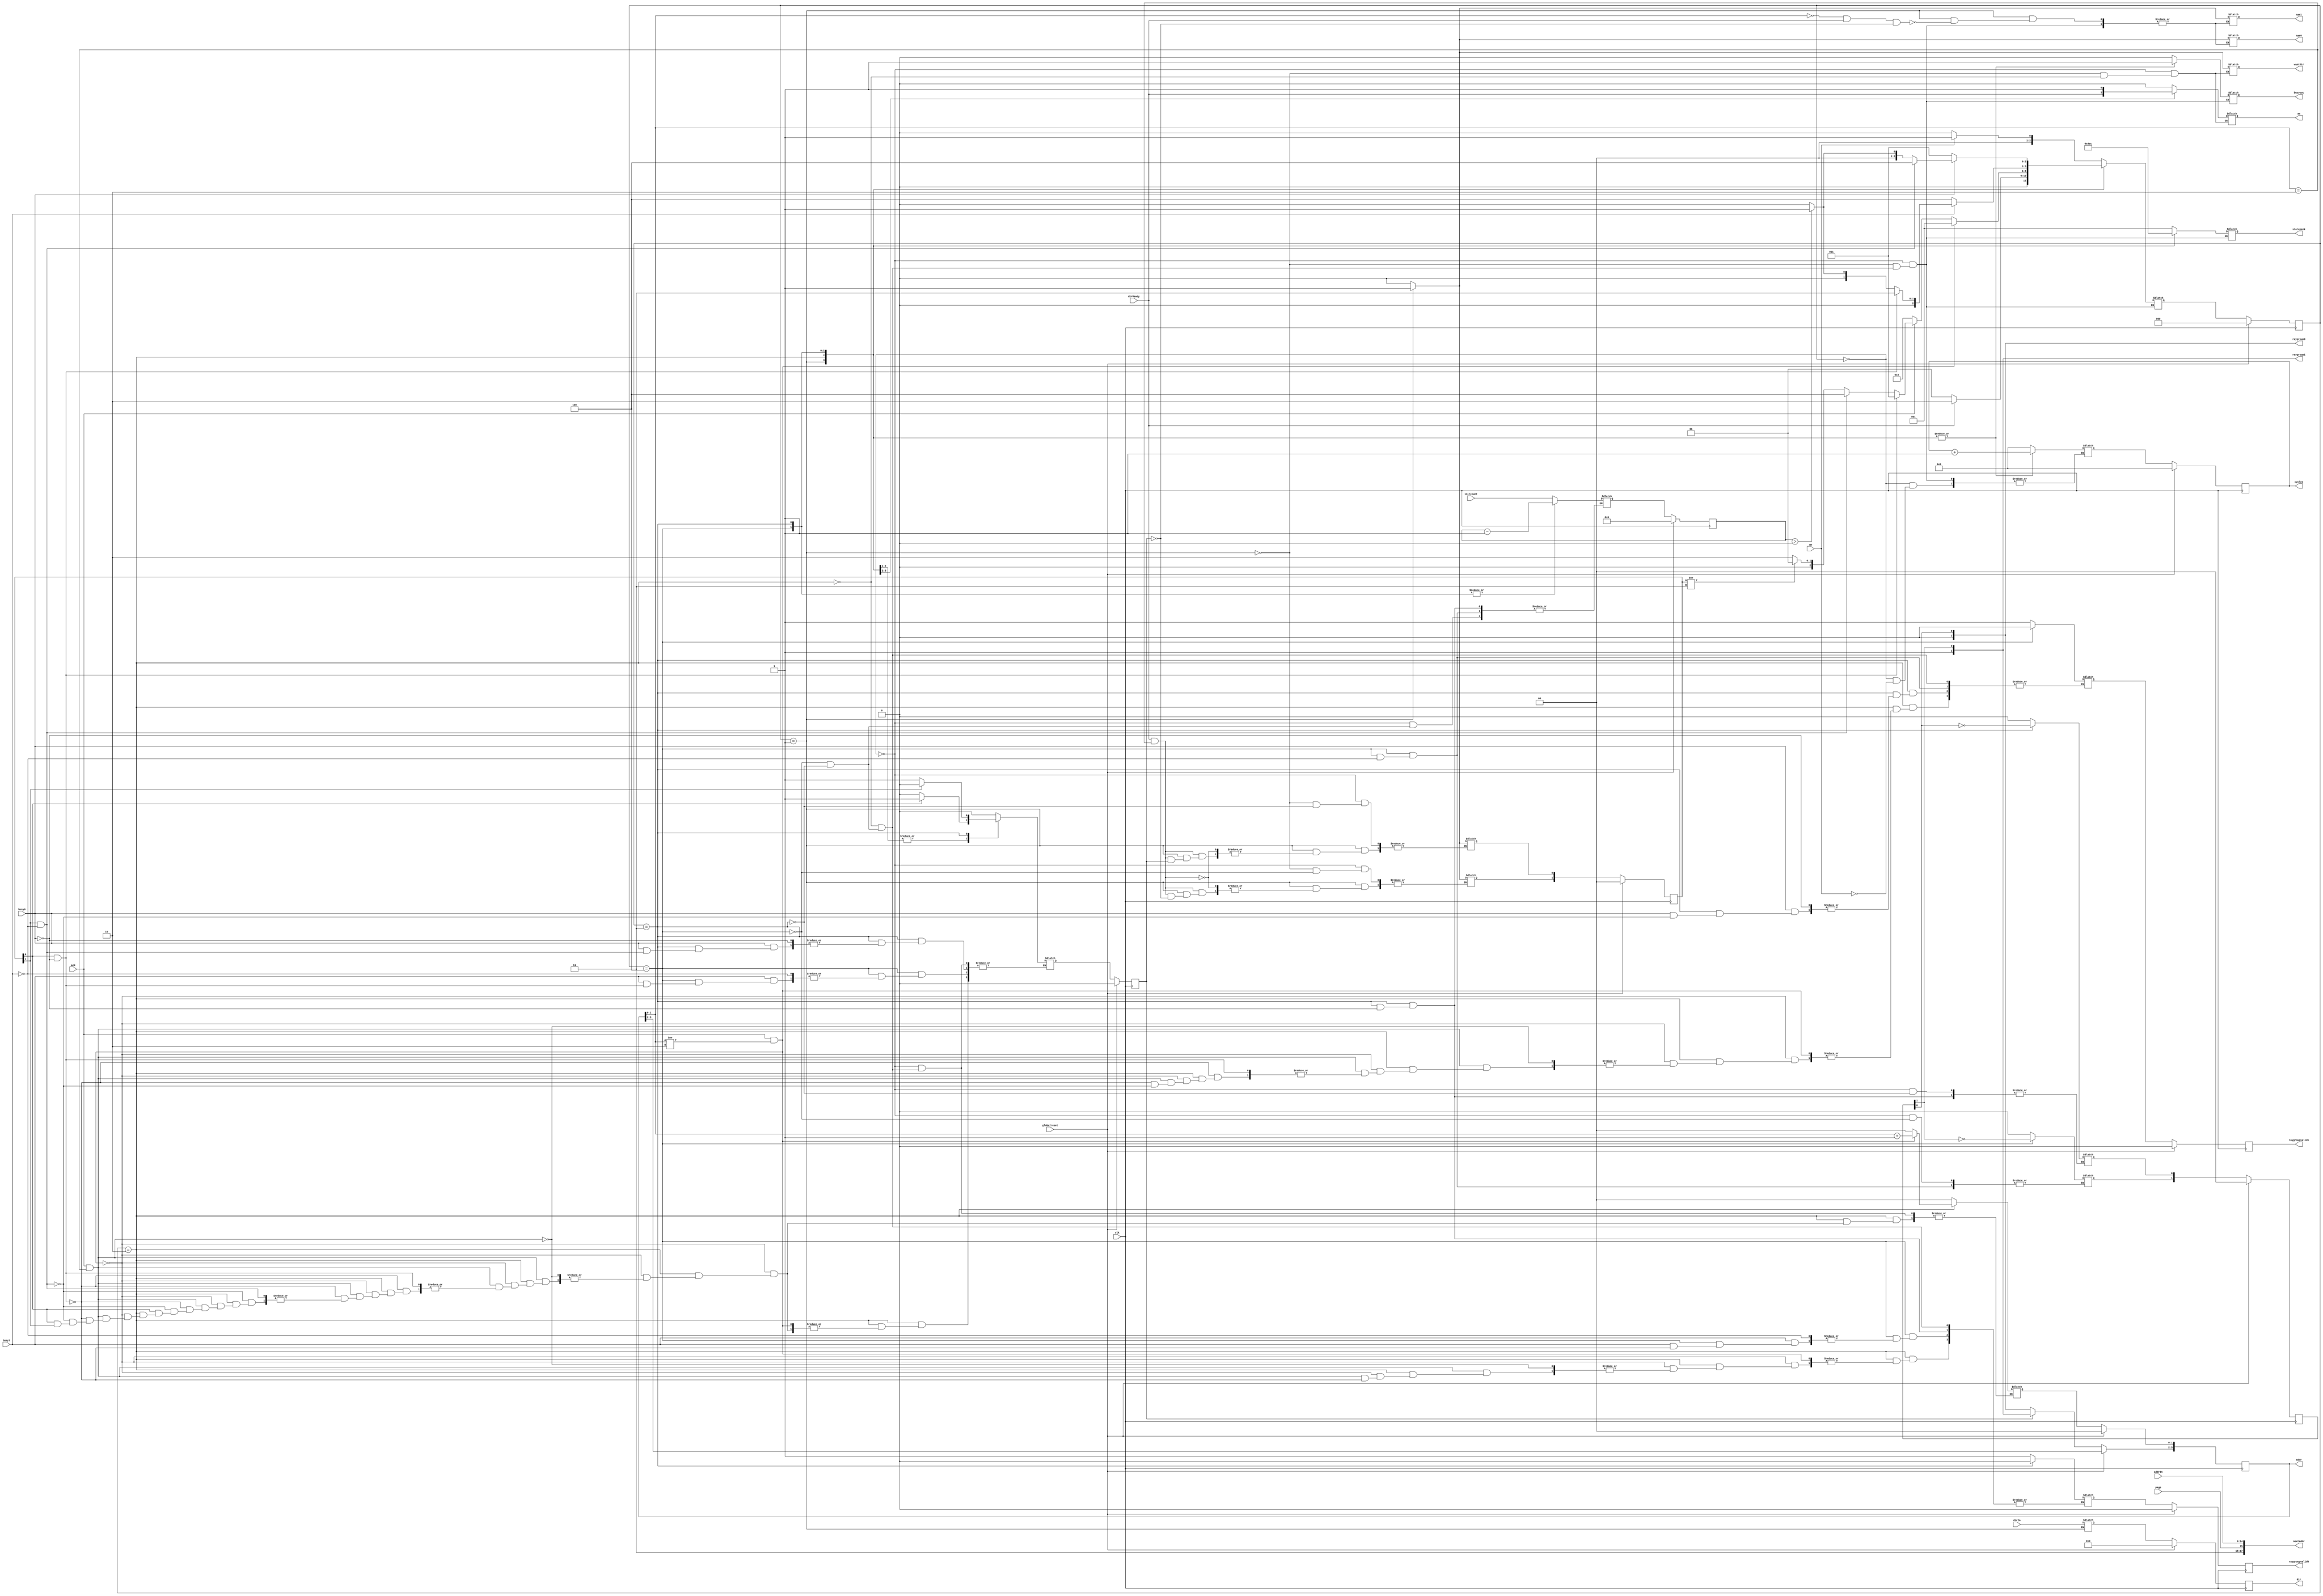
`define SIMULATION_MEMORY

 module raygencont (go, initcount, busyout, cycles, nextaddr, nas0, nas1, page, dirReady, wantDir, dirIn, addrIn, as, addr, ack, dir, raygroup0, raygroupvalid0, busy0, raygroup1, raygroupvalid1, busy1, globalreset, clk, statepeek);

    input go; 
    input[14:0] initcount; 
    output busyout; 
    wire busyout;
    reg temp_busyout;
    output[30:0] cycles; 
    reg[30:0] cycles;
    output[17:0] nextaddr; 
    wire[17:0] nextaddr;
    output nas0; 

    wire nas0;
    reg temp_nas0;
    output nas1; 
    wire nas1;
    reg temp_nas1;
    input page; 
    input dirReady; 
    output wantDir; 
    reg wantDir;
    input[47:0] dirIn; 
    input[14:0] addrIn; 
    output as; 
    reg as;
    output[3:0] addr; 

    reg[3:0] addr;
    input ack; 
    output[47:0] dir; 
    reg[47:0] dir;
    output[1:0] raygroup0; 
    wire[1:0] raygroup0;
    output raygroupvalid0; 
    reg raygroupvalid0;
    input busy0; 
    output[1:0] raygroup1; 
    wire[1:0] raygroup1;
    output raygroupvalid1; 

    reg raygroupvalid1;
    input busy1; 
    input globalreset; 
    input clk; 
    output[2:0] statepeek; 
    reg[2:0] statepeek;


    reg[2:0] state; 
    reg[2:0] next_state; 
    reg[14:0] count; 
    reg first; 
    reg[17:0] destaddr; 
    wire[1:0] busy; 
    reg[1:0] loaded; 
    reg[1:0] groupID; 
    reg active; 

    reg[47:0] temp_dir;
    reg[30:0] temp_cycles;
    reg[1:0] temp_addr;
    reg[1:0] temp_loaded; 
    reg[1:0] temp_groupID; 
    reg[14:0] temp_count; 
    reg temp_active; 
    reg temp_raygroupvalid1;
    reg temp_raygroupvalid0;

    assign busy = {busy1, busy0} ;

    always @(posedge clk)
    begin

       if (globalreset == 1'b1)

       begin
          state <= 0 ; 
          cycles <= 0;
          dir <= 0;
          addr[1:0] <= 2'b00 ; 
          groupID <= 2'b00 ; 
          count <= 0;
          first <= 1'b0 ; 
          destaddr <= 0;
          raygroupvalid0 <= 1'b0 ; 
          raygroupvalid1 <= 1'b0 ; 
          loaded <= 2'b00 ; 

          active <= 1'b0 ; 
       end
       else
       begin
    	addr[3:2] <= (active == 1'b0) ? {1'b0, groupID[0]} : {1'b1, groupID[1]} ;
	addr[1:0] <= temp_addr[1:0];
        state <= next_state ; 

	dir <= temp_dir;
	cycles <= temp_cycles;
	loaded <= temp_loaded;	
	groupID <= temp_groupID;
	count <= temp_count;
	active <= temp_active;
	raygroupvalid0 <= temp_raygroupvalid0;
	raygroupvalid1 <= temp_raygroupvalid1;

       end 
    end 

    assign raygroup0 = {1'b0, groupID[0]} ;
    assign raygroup1 = {1'b1, groupID[1]} ;
    assign nextaddr = {2'b11, page, addrIn} ;
    assign busyout = temp_busyout;
    assign nas0 = temp_nas0;
    assign nas1 = temp_nas1;

    always @(state or go or ack or busy or dirReady or addr or count or loaded)
    begin
       case (state)
          0 :
                   begin
       				as = 1'b0 ; 
       				wantDir = 1'b0 ; 
                      if (go == 1'b1)
                      begin
                         next_state = 1 ; 
                      end
                      else
                      begin
                         next_state = 0 ; 
                      end 
                      statepeek = 3'b001 ; 
						temp_busyout = 1'b0;
						temp_nas0 = 1'b0;
						temp_nas1 = 1'b0;


                         if (go == 1'b1)
                         begin
                            temp_cycles = 0;
                         end 
                         temp_addr[1:0] = 2'b00 ; 
                         temp_loaded = 2'b00 ; 
                         temp_groupID = 2'b00 ; 
                         temp_count = initcount ; 
                         temp_active = 1'b0 ; 

                   end
          1 :
                   begin
                      as = dirReady ; 
                      wantDir = 1'b1 ; 
                      if (dirReady == 1'b1)
                      begin
                         next_state = 2 ; 
                      end
                      else
                      begin
                         next_state = 1 ; 
                      end 
                     statepeek = 3'b010 ; 
						temp_busyout = 1'b1;
    				if (addr[1:0] == 2'b00 & dirReady == 1'b1 & active == 1'b0) 
					begin
						 temp_nas0 = 1'b1;
						 temp_nas1 = 1'b1;
					end

                         temp_dir = dirIn ; 
                         if (dirReady == 1'b1 & addr[1:0] == 2'b10)
                         begin
                            if (active == 1'b0)
                            begin
                               temp_loaded[0] = 1'b1 ; 
                            end
                            else
                            begin
                               temp_loaded[1] = 1'b1 ; 
                            end 
                         end 
             temp_cycles = cycles + 1 ; 


                   end
          2 :
                   begin
                      wantDir = 1'b0 ; 
                      as = 1'b1 ; 
                      if ((ack == 1'b1) & (addr[1:0] != 2'b10))
                      begin
                         next_state = 1 ; 
                      end
                      else if (ack == 1'b1)
                      begin
                         if ((loaded[0]) == 1'b1 & (busy[0]) == 1'b0)
                         begin
                            next_state = 3 ; 
                         end
                         else if ((loaded[1]) == 1'b1 & (busy[1]) == 1'b0)
                         begin
                            next_state = 4 ; 
                         end
                         else if (loaded != 2'b11)
                         begin

                            next_state = 1 ; 
                         end
                         else
                         begin
                            next_state = 2 ; 
                         end 
                      end
                      else
                      begin
                         next_state = 2 ; 
                      end 
                      statepeek = 3'b011 ; 
						temp_busyout = 1'b1;
						temp_nas0 = 1'b0;
						temp_nas1 = 1'b0;

                         if ((ack == 1'b1) & (addr[1:0] != 2'b10))
                         begin
                            temp_addr[1:0] = addr[1:0] + 2'b01 ; 
                         end 
                         else if ((ack == 1'b1) & addr[1:0] == 2'b10)
                         begin
                            if ((loaded[0]) == 1'b1 & (busy[0]) == 1'b0)
                            begin
                               temp_raygroupvalid0 = 1'b1 ; 
                            end
                            else if ((loaded[1]) == 1'b1 & (busy[1]) == 1'b0)
                            begin

                               temp_raygroupvalid1 = 1'b1 ; 
                            end
                            else if ((loaded[0]) == 1'b0)
                            begin
                               temp_active = 1'b0 ; 
                               temp_addr[1:0] = 2'b00 ; 
                            end
                            else if ((loaded[1]) == 1'b0)
                            begin
                               temp_active = 1'b1 ; 
                               temp_addr[1:0] = 2'b00 ; 
                            end 
                         end 

             temp_cycles = cycles + 1 ; 
                   end
          4 :
                   begin
                      if ((busy[1]) == 1'b0)
                      begin
                         next_state = 4 ; 
                      end
                      else if ((loaded[0]) == 1'b1 & (busy[0]) == 1'b0)
                      begin
                         next_state = 3 ; 
                      end
                      else if (count > 0)
                      begin

                         next_state = 1 ; 
                      end
                      else
                      begin
                         next_state = 0 ; 
                      end 
                      statepeek = 3'b101 ; 
						temp_busyout = 1'b1;
						temp_nas0 = 1'b0;
						temp_nas1 = 1'b0;

                     if ((busy[1]) == 1'b1)
                         begin
                            temp_groupID[1] = ~groupID[1] ; 
                            temp_raygroupvalid1 = 1'b0 ; 
                            temp_count = count - 1 ; 
                            if ((loaded[0]) == 1'b1 & (busy[0]) == 1'b0)
                            begin
                               temp_raygroupvalid0 = 1'b1 ; 
                            end

                            else if ((loaded[0]) == 1'b0)
                            begin
                               temp_active = 1'b0 ; 
                            end
                            else
                            begin
                               temp_active = 1'b1 ; 
                            end 
                         end 
                         temp_loaded[1] = 1'b0 ; 
                         temp_addr[1:0] = 2'b00 ; 

             temp_cycles = cycles + 1 ; 
                   end
          3 :
                   begin
                      if ((busy[0]) == 1'b0)
                      begin
                         next_state = 3 ; 

                      end
                      else if ((loaded[1]) == 1'b1 & (busy[1]) == 1'b0)
                      begin
                         next_state = 4 ; 
                      end
                      else if (count > 0)
                      begin
                         next_state = 1 ; 
                      end
                      else
                      begin
                         next_state = 0 ; 

                      end 
                      statepeek = 3'b100 ; 
						temp_busyout = 1'b1;
						temp_nas0 = 1'b0;
						temp_nas1 = 1'b0;

                         if ((busy[0]) == 1'b1)
                         begin
                            temp_groupID[0] = ~groupID[0] ; 
                            temp_raygroupvalid0 = 1'b0 ; 
                            temp_count = count - 1 ; 
                            if ((loaded[1]) == 1'b1 & (busy[1]) == 1'b0)
                            begin
                               temp_raygroupvalid1 = 1'b1 ; 

                            end
                            else if ((loaded[1]) == 1'b0)
                            begin
                               temp_active = 1'b1 ; 
                            end
                            else
                            begin
                               temp_active = 1'b0 ; 
                            end 
                         end 
                         temp_loaded[0] = 1'b0 ; 
                         temp_addr[1:0] = 2'b00 ; 


             temp_cycles = cycles + 1 ; 
                   end
       endcase 
    end 
 endmodule